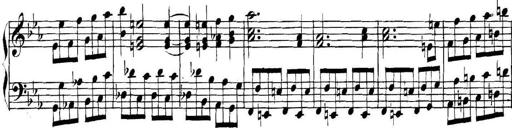
Title: Collected Piano Sonatas
Composer: Muzio Clementi